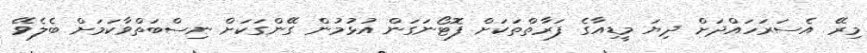
މިރޭ އެސަރަހައްދަށް ދިޔަ މީޑިއާގެ ފަރާތްތަކަށް ފޮޓޯނަގަން އުޅުމުން ގޭންގަކަށް ނިސްބަތްވާކަމަށް ބެލެވޭ